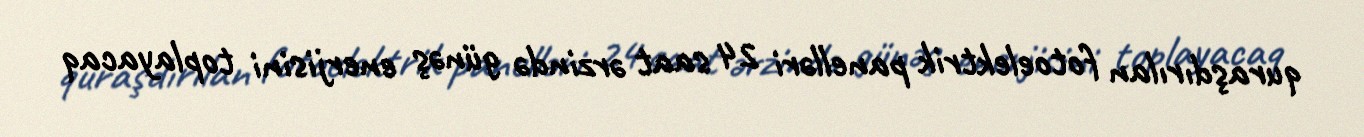
quraşdırılan fotoelektrik panelləri 24 saat ərzində günəş enerjisini toplayacaq